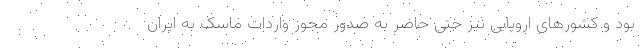
بود و کشورهای اروپایی نیز حتی حاضر به صدور مجوز واردات ماسک به ایران